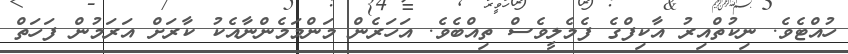
ހުއްޓެވެ. ނިކުތްއިރު އާކިފްގެ ފެމެލީވެސް ތިއްބެވެ. އަހަރެން މަންމަމެންނާއެކު ކާރަށް އަރަމުން ފަހަތް